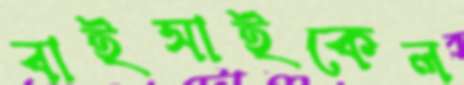
বাইসাইকেল